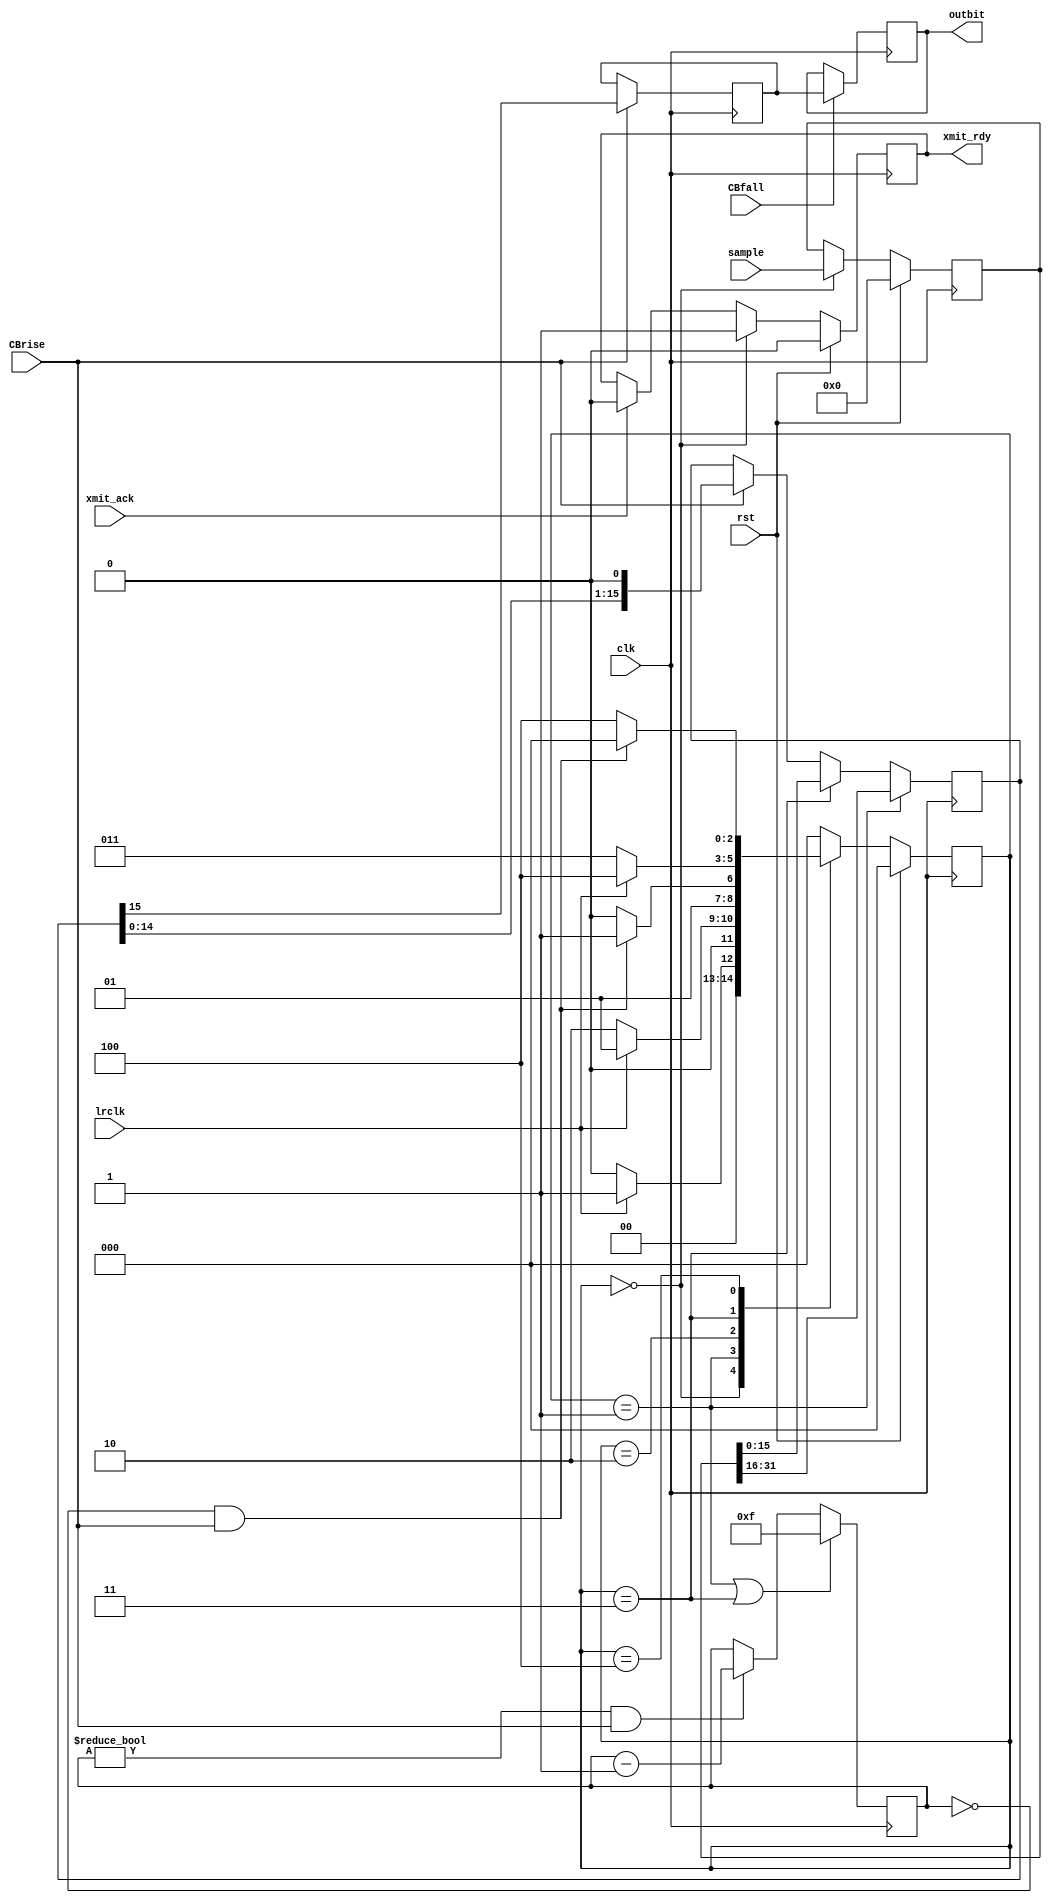
// By Kirk Weedman KD7IRS - Feb 27 2009
// 
// Implements I2S transmit, DATA_BITS of data per channel, two channels 
// 
// 
// In I2S mode the MSB of the left sample is available on the second rising edge of BCLK
// following a falling  edge on lrclk.  Simiarily the MSB of the right sample will be available on 
// the second rising edge of BCLK following the rising edge of lrclk.

// NOTE: the data to send is latched on the positive edge of lrclk
`timescale 1ns/100ps

module I2S_xmit (rst, lrclk, clk, CBrise, CBfall, sample, outbit, xmit_rdy, xmit_ack);

parameter DATA_BITS = 32; // MUST be an even number
parameter TPD = 5;

localparam SB = DATA_BITS;         // size of sample input
localparam NB = DATA_BITS/2;       // size of left or right data
localparam NS = clogb2(NB-1);

input  wire          rst;
input  wire          lrclk;        // left/right clock 
input  wire          clk;          // system clock that generates BCLK
input  wire          CBrise;       // CBCLK rising edge trigger 
input  wire          CBfall;       // CBCLK rising edge trigger - when to change data 
input  wire [SB-1:0] sample;       // left & right data to be clocked out 
output reg           outbit;       // output bit 
output reg           xmit_rdy;     // ready for more data
input  wire          xmit_ack;     // acknowledge handshake

reg   [NB-1:0] data;               // data to be clocked out 
reg   [SB-1:0] last_data; 
reg   [NS-1:0] bit_count;          // how many bits clocked, must prst to MSB 
reg      [2:0] TLV_state;
reg      [2:0] TLV_state_next;
reg            obit;

localparam TLV_IDLE   = 0,
           TLV_WH     = 1,
           TLV_LR_LO  = 2,
           TLV_WL     = 3,
           TLV_LR_HI  = 4;

//assign #TPD xmit_done = (TLV_state == TLV_IDLE);

always @(posedge clk)
begin
  if (rst)
    TLV_state <= #TPD TLV_IDLE;
  else
    TLV_state <= #TPD TLV_state_next;
  // the I2S data must be available/setup before the 2nd postive edge of bclk after the clrclk goes

  if (rst)
    xmit_rdy <= #TPD 1'b0;
  else if (TLV_state == TLV_IDLE) // save samples in this state
    xmit_rdy <= #TPD 1'b1;
  else if (xmit_ack) // clear xmit_rdy
    xmit_rdy <= #TPD 1'b0;

  if (rst)
    last_data <= #TPD 1'b0;
  else if (TLV_state == TLV_IDLE) // save samples in this state
    last_data <= #TPD sample;

  if (TLV_state == TLV_WH) // load
    data <= #TPD last_data[SB-1:NB]; // Left Data
  else if (TLV_state == TLV_WL) // load
    data <= #TPD last_data[NB-1:0]; // Right Data
  else if (CBrise)
    data <= #TPD data << 1;  // shift out MSB first

  if (CBrise)
    obit <= #TPD data[NB-1];

  if (CBfall)
    outbit <= #TPD obit;

  if ((TLV_state == TLV_WH) || (TLV_state == TLV_WL))
    bit_count <= #TPD NB - 1'b1;
  else if ((bit_count != 0) && CBrise)
    bit_count <= #TPD bit_count - 1'b1;
end 

always @*
begin
  case(TLV_state)
    TLV_IDLE:
    begin
      if (!lrclk)
        TLV_state_next = TLV_IDLE;      // loop until lrclk is high
      else
        TLV_state_next = TLV_WH;
    end

    TLV_WH:
    begin
      if (lrclk)
        TLV_state_next = TLV_WH;        // loop until lrclk is low
      else      
        TLV_state_next = TLV_LR_LO;
    end

    TLV_LR_LO:
    begin
      if ((bit_count == 0) & CBrise)   // wait till full length of last bit has finished
        TLV_state_next = TLV_WL; 
      else
        TLV_state_next = TLV_LR_LO;  
    end

    TLV_WL:
    begin
      if (!lrclk)
        TLV_state_next = TLV_WL;        // loop until lrclk is high
      else
        TLV_state_next = TLV_LR_HI;
    end

    TLV_LR_HI:
    begin
      if ((bit_count == 0) & CBrise)   // wait till full length of last bit has finished
        TLV_state_next = TLV_IDLE;      // done so start again
      else
        TLV_state_next = TLV_LR_HI;
    end 
  
    default:
      TLV_state_next = TLV_IDLE;
  endcase
end

function integer clogb2;
input [31:0] depth;
begin
  for(clogb2=0; depth>0; clogb2=clogb2+1)
  depth = depth >> 1;
end
endfunction

endmodule